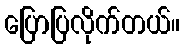
ပြောပြလိုက်တယ်။